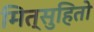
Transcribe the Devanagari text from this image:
मित्सुहितो